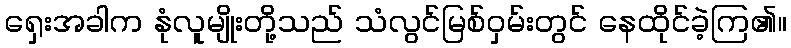
ရှေးအခါက နုံလူမျိုးတို့သည် သံလွင်မြစ်ဝှမ်းတွင် နေထိုင်ခဲ့ကြ၏။